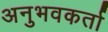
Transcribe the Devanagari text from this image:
अनुभवकर्ता